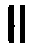
။